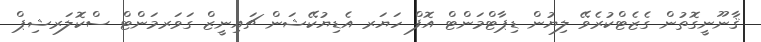
ޤާނޫނީގޮތުން ގެޒެޓްކުރެވޭ ލިޔުން ޑިޕާޓްމަންޓް އޮފް ހަޔަރ އެޑިޔުކޭޝަން ޗައިނީޒް ގަވަރމަންޓް ސްކޮލަރޝިޕް